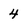
Character: 4